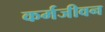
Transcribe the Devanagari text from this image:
कर्मजीवन